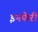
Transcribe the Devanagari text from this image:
इनफेरी